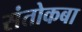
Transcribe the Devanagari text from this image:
संतोकबा